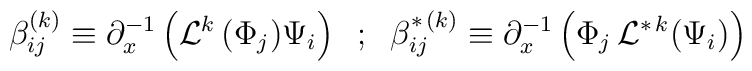
\beta_{ij}^{(k)}\equiv \partial_x^{-1} \left( {\cal L}^{k} \,( \Phi_j) \Psi_i \right) \;\; ; \;\;\beta_{ij}^{*\,(k)}\equiv \partial_x^{-1} \left(  \Phi_j \, {\cal L}^{*\,k} (\Psi_i) \right)